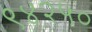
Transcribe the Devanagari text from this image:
९४२५०